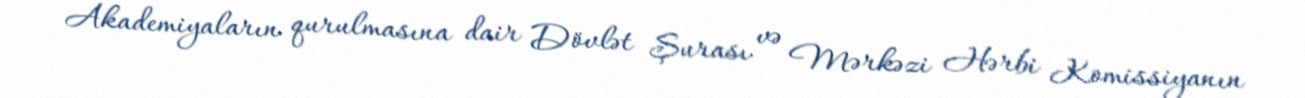
Akademiyaların qurulmasına dair Dövlət Şurası və Mərkəzi Hərbi Komissiyanın